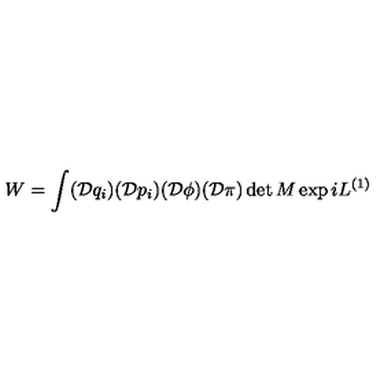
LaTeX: W = \int ( \mathcal { D } q _ { i } ) ( \mathcal { D } p _ { i } ) ( \mathcal { D } \phi ) ( \mathcal { D } \pi ) \det M \exp i L ^ { ( 1 ) }